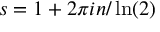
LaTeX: s = 1 + 2 \pi i n / \ln ( 2 )